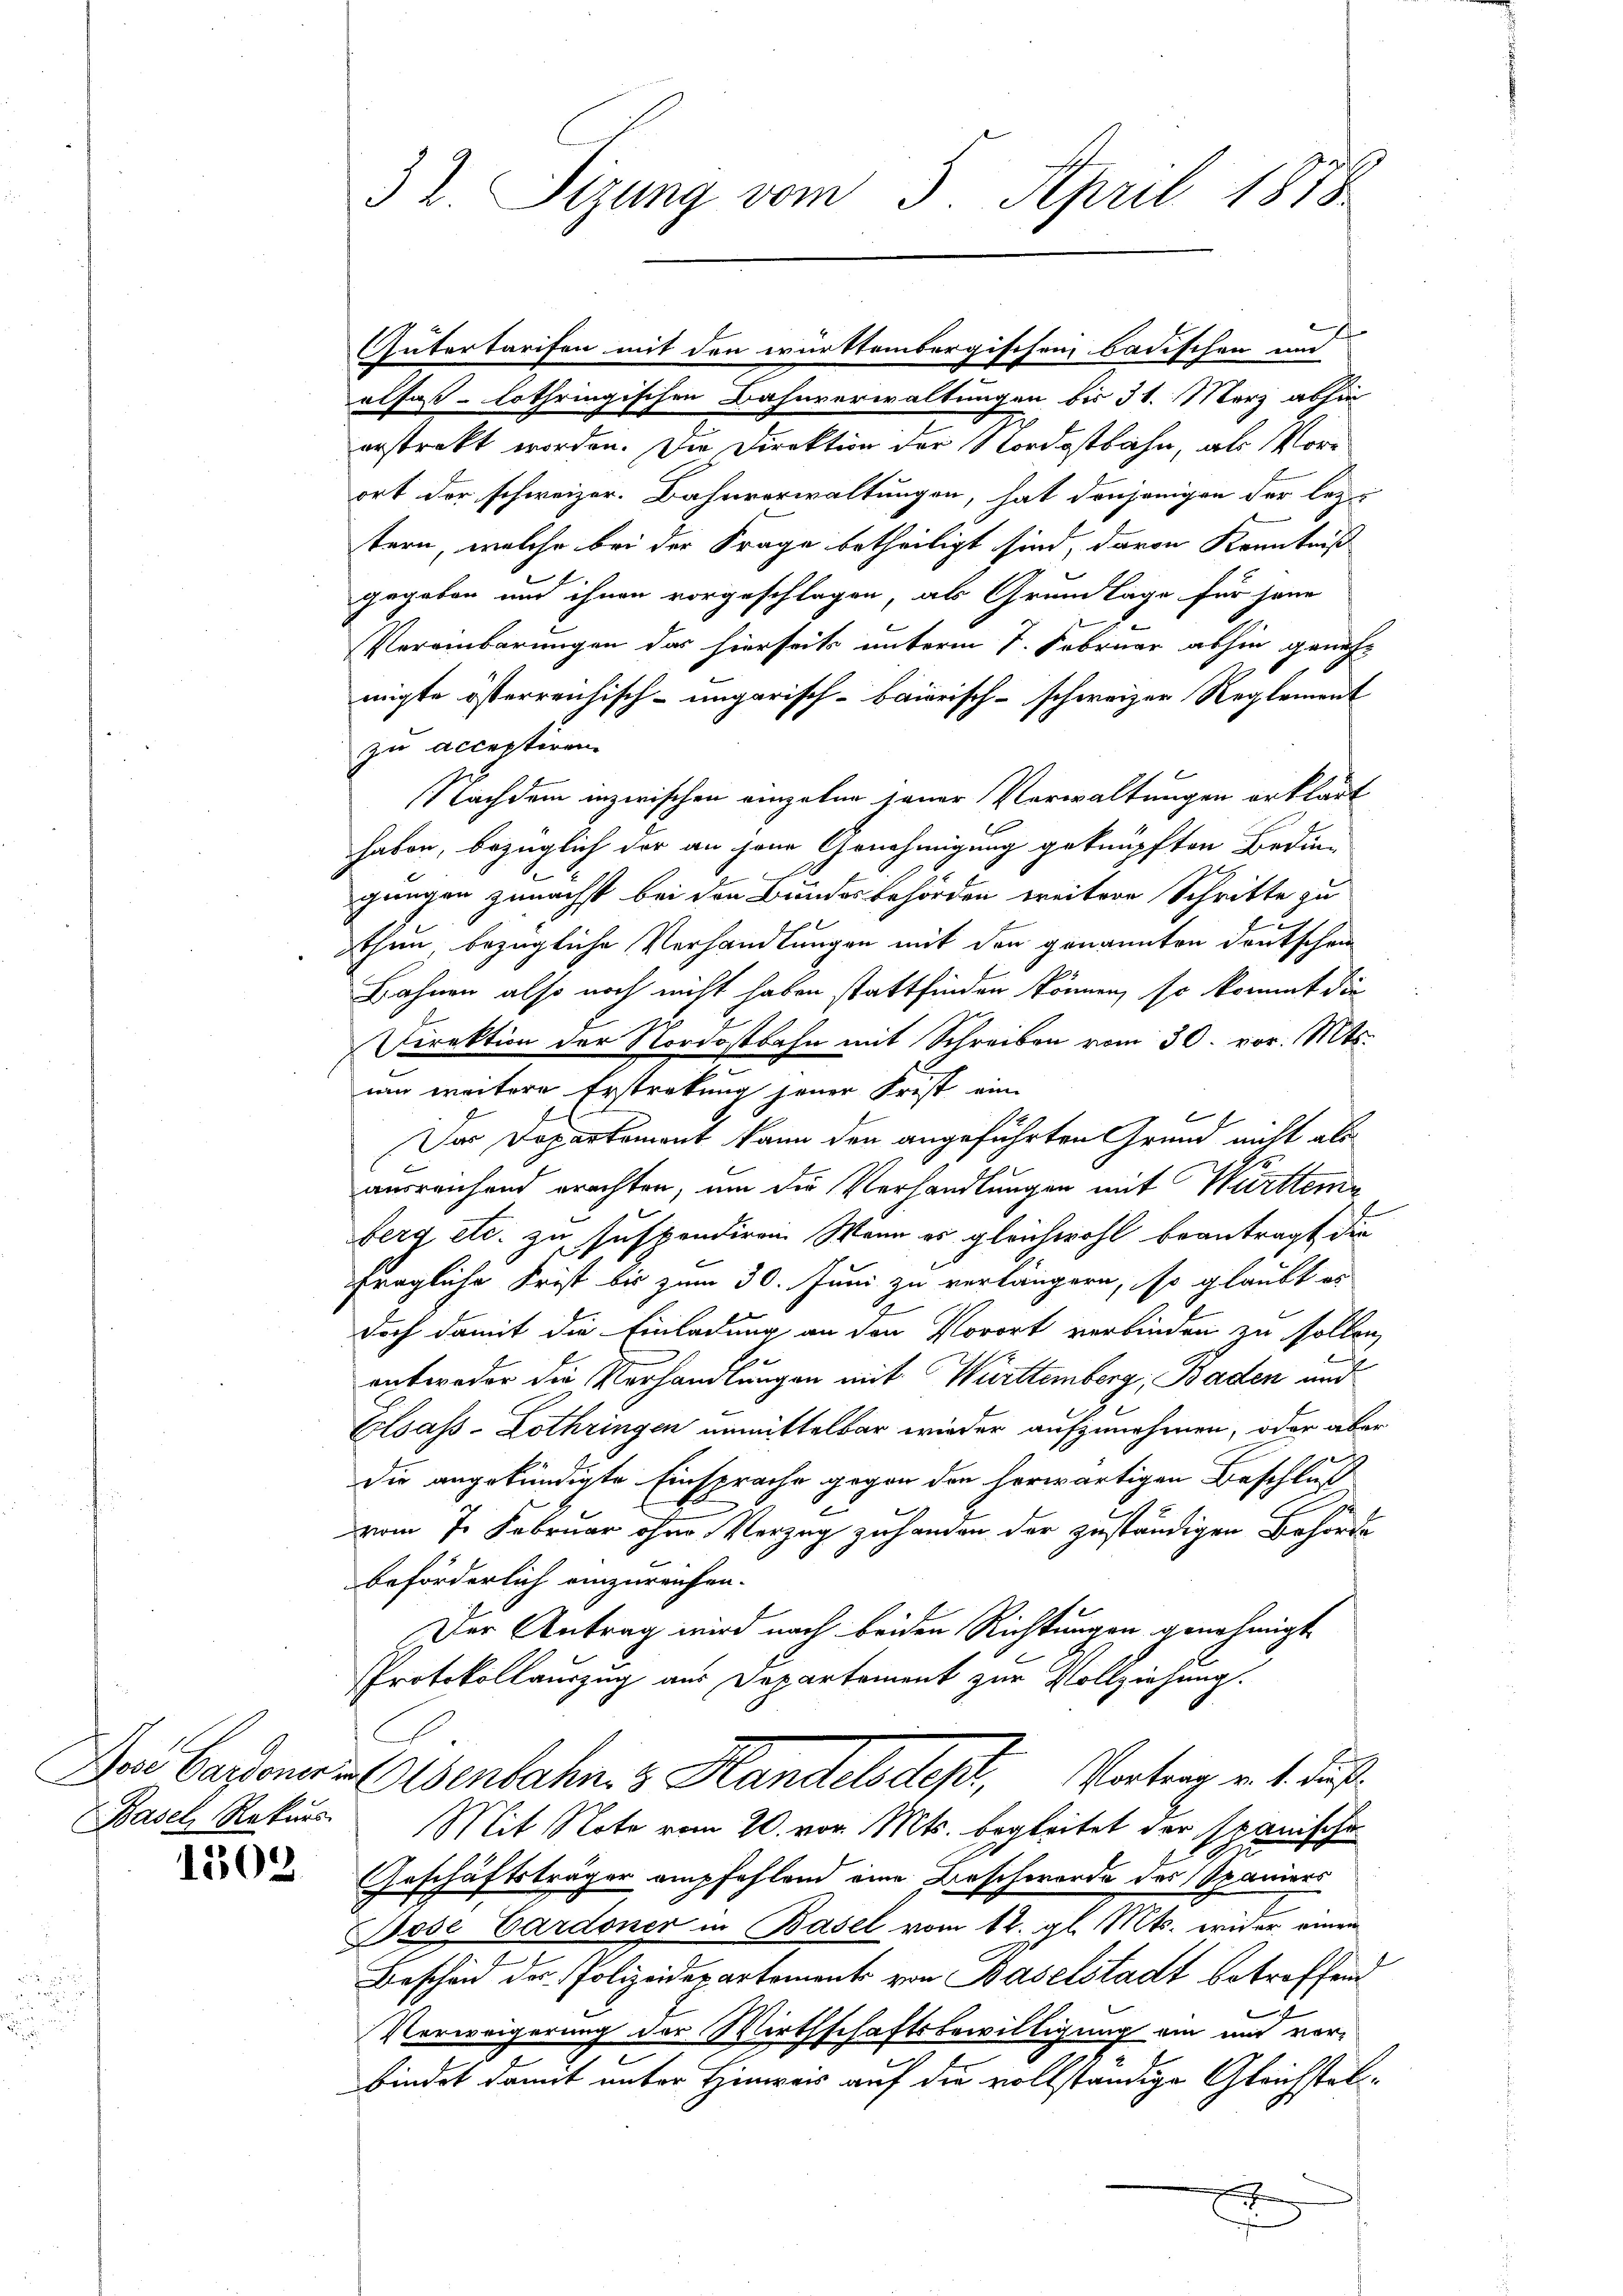
1503.

32. Sizung vom 5. April 1878

4
elfaß-Lothringischen Bahnverwaltungen bis 31. März abhin
erstrakt worden. Die Direktion der Nordostbahn, als Vorort der schweizer. Bahnverwaltungen, hat denjenigen der leztern, welche bei der Frage betheiligt sind, davon Kenntniß
gegeben und ihnen vorgeschlagen, als Grundlage für jene
Vereinbarungen das hierseits unterm 7. Februar abhin genehmigte österreichisch-ungarisch-baierisch-schweizer Reglement
zu acceptiren
Nachdem inzwischen einzelne jener Verwaltungen erklärt
haben, bezüglich der an jene Genehmigung geknüpften Bedin-
gungen zunächst bei den Bundesbehörden treitere Schritte zu
thun, bezügliche Verhandlungen mit den genannten Deutschein
Bahnen also noch nicht haben stattfinden können, so kommt die
Direktion der Nordostbahn mit Schreiben vom 30. vor. Mts.
um weitere Erstrakung jener Frist ein
f
Der Departement kann den angeführten Grund nicht als
ausreichend erachten, um die Verhandlungen mit Württemen
berg etc. zu suspendiren. Wenn es gleichwohl beantragt die
fragliche Frist bis zum 30. Juni zu verlängern, so glaubt es
doch damit die Einladung an den Vorort verbinden zu sollen,
entweder die Verhandlungen mit Württemberg, Baden und
Elsass-Lothringen unmittelbar wieder aufzunehmen, oder aber
die angekündigte Einsprache gegen den herwärtigen Beschluß
vom 7. Februar ohne Vorzug zu handen der zuständigen Behörde
beförderlich einzureichen.
Der Antrag wird nach beiden Richtungen genehmigt.
Protokollauszug aus Departement zur Vollziehung.
Der Cassenes Elsenbahn z. Handelsdest, Vortrag v. 4. daß
Basel Rekurs. Mit Note vom 20. vor. Mts. begleitet der spanische
Geschäftsträger empfehlend eine Beschworde des Spaniers
Jose Cardoner in Basel vom 12. gl. Mts. wider einen
Bescheid der Polizeidepartements von Baselstadt betroffend
Verweigerung der Wirthschaftsbewilligung ein und vor-
bindet damit unter Hinweis auf die vollständige Gleichstel¬
.

Gütertarifen mit den württembergischen badischen und